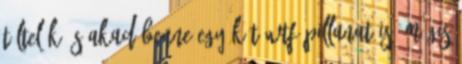
töltelék és akad benne egy-két WTF pillanat is, mégis